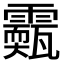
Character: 𩆣